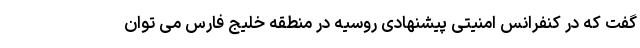
گفت که در کنفرانس امنیتی پیشنهادی روسیه در منطقه خلیج فارس می توان